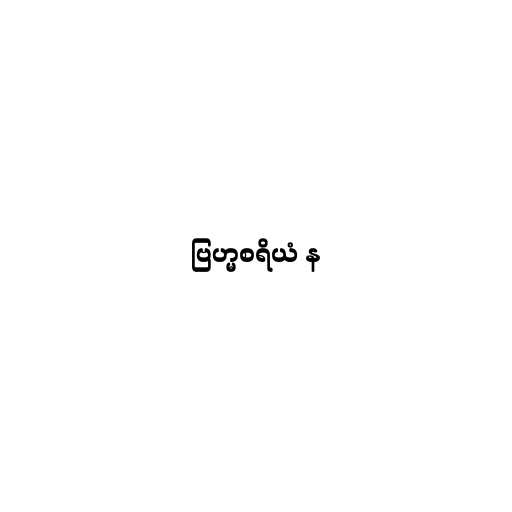
ဗြဟ္မစရိယံ န